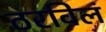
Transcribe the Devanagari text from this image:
ठरविलं